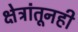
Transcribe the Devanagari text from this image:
क्षेत्रांतूनही